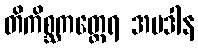
တိကိစ္ဆကတ္ထေရ အပဒါန